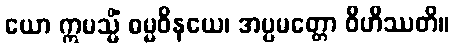
ယော ဣမသ္မိံ ဓမ္မဝိနယေ၊ အပ္ပမတ္တော ဝိဟိဿတိ။